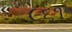
૯૬૧